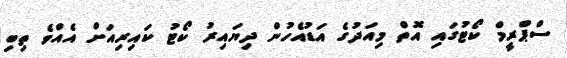
ސްޕްރީމް ކޯޓުގައި އޮތް މިއަދުގެ އަޑުއެހުން ދިޔައިރު ކޯޓު ކައިރިއަށް އެއްވެ ތިބި